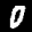
Label: 0